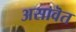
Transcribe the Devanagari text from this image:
असावॆत